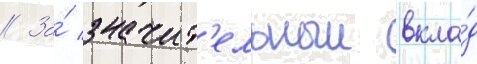
// За́ значит'ельныи вкла́д